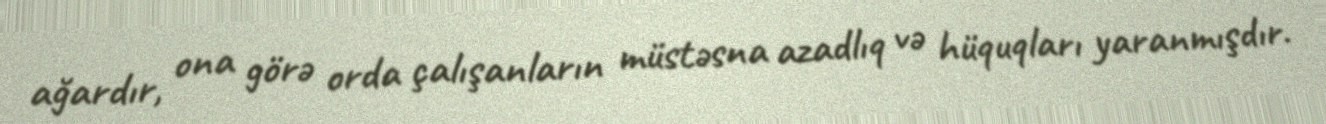
ağardır, ona görə orda çalışanların müstəsna azadlıq və hüquqları yaranmışdır.